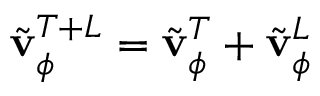
\Tilde { \mathbf { v } } _ { \phi } ^ { T + L } = \Tilde { \mathbf { v } } _ { \phi } ^ { T } + \Tilde { \mathbf { v } } _ { \phi } ^ { L }